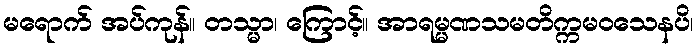
မရောက် အပ်ကုန်။ တသ္မာ၊ ကြောင့်။ အာရမ္မဏသမတိက္ကမဝသေနပိ၊